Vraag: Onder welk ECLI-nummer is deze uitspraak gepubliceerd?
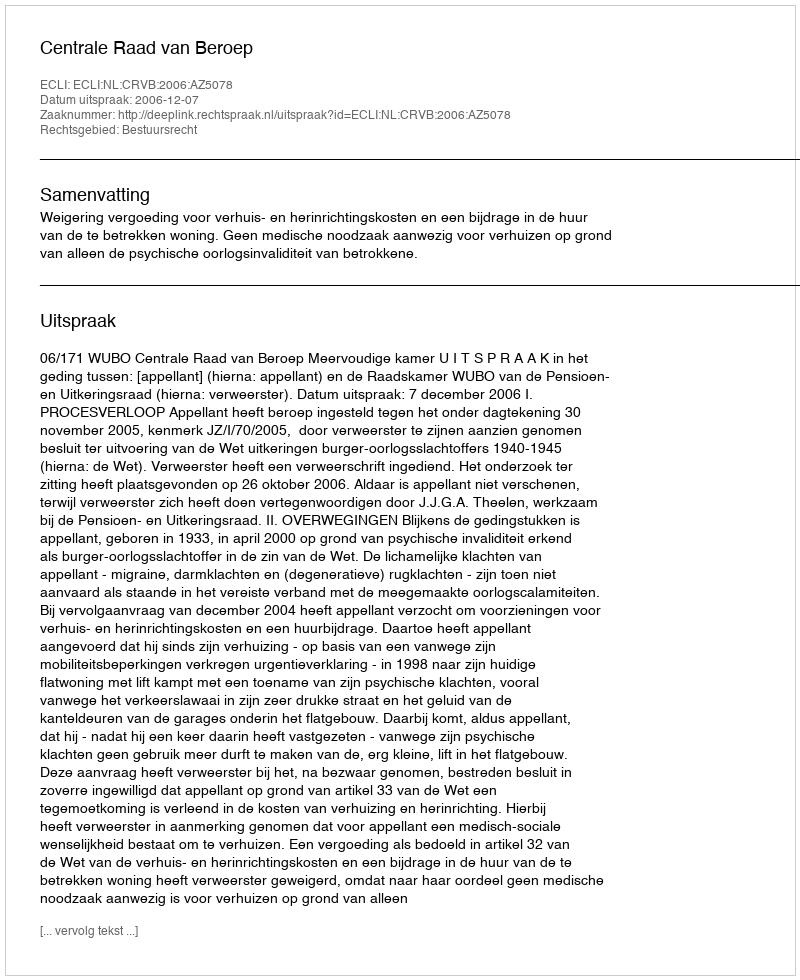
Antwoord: ECLI:NL:CRVB:2006:AZ5078